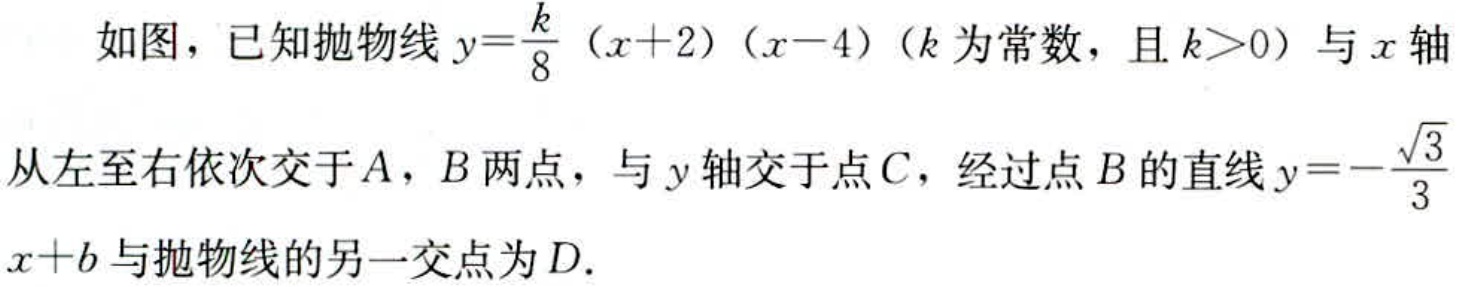
如图，已知抛物线\(y = \frac{k}{8}(x + 2)(x - 4)\)（\(k\)为常数，且\(k>0\)）与\(x\)轴从左至右依次交于\(A\)，\(B\)两点，与\(y\)轴交于点\(C\)，经过点\(B\)的直线\(y = -\frac{\sqrt{3}}{3}x + b\)与抛物线的另一交点为\(D\).